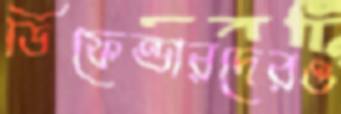
ডিফেন্ডারদেরও